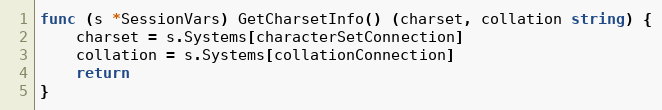
Language: Go
func (s *SessionVars) GetCharsetInfo() (charset, collation string) {
	charset = s.Systems[characterSetConnection]
	collation = s.Systems[collationConnection]
	return
}